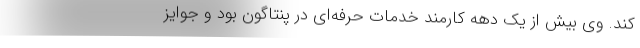
کند. وی بیش از یک دهه کارمند خدمات حرفه‌ای در پنتاگون بود و جوایز